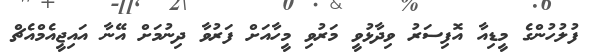
ފުލުހުންގެ މީޑިއާ އޮފިސަރު ވިދާޅުވީ މަރުވި މީހާއަށް ފަރުވާ ދިނުމަށް އޭނާ އައިޖީއެމްއެޗް